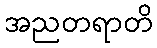
အညတရာတိ